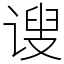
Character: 𫍲